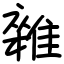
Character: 雜